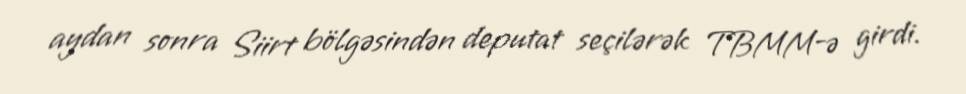
aydan sonra Siirt bölgəsindən deputat seçilərək TBMM-ə girdi.